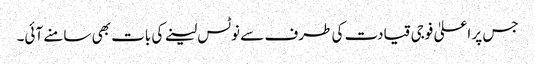
جس پر اعلیٰ فوجی قیادت کی طرف سے نوٹس لینے کی بات بھی سامنے آئی۔